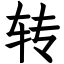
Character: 转